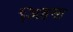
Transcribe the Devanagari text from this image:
अिहसा